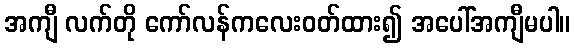
အကျီ လက်တို ကော်လန်ကလေးဝတ်ထား၍ အပေါ်အကျီမပါ။